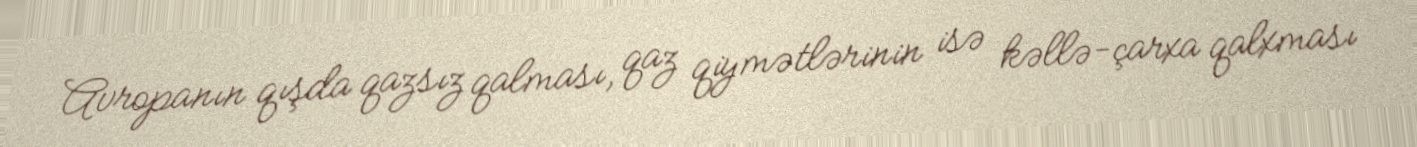
Avropanın qışda qazsız qalması, qaz qiymətlərinin isə kəllə-çarxa qalxması